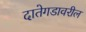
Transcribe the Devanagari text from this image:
दातेगडावरील